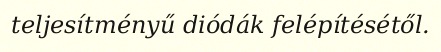
teljesítményű diódák felépítésétől.